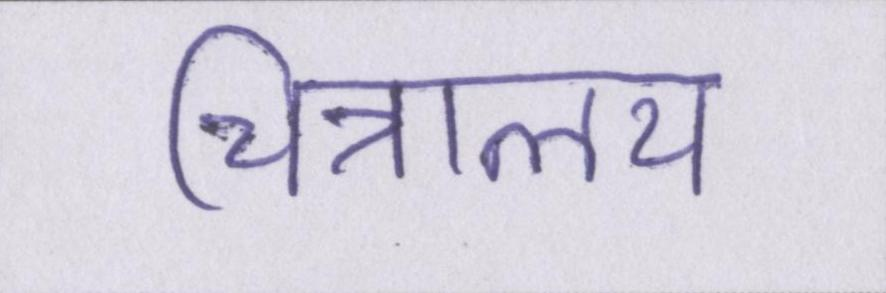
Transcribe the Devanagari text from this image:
चित्रालय